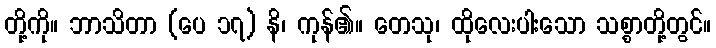
တို့ကို။ ဘာသိတာ (ပေ ၁၇) နိ၊ ကုန်၏။ တေသု၊ ထိုလေးပါးသော သစ္စာတို့တွင်။